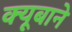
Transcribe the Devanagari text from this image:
क्यूबाने